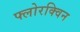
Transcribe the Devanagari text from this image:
फ्लोरक्विन